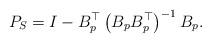
LaTeX: \begin{align*}P_{S}=I-B_{p}^{\top}\left(B_{p}B_{p}^{\top}\right)^{-1}B_{p}.\end{align*}